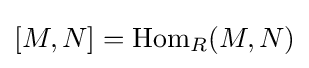
[M,N]=\operatorname {Hom} _{R}(M,N)